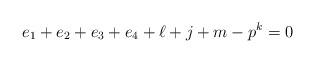
LaTeX: \begin{align*}e_1+e_2+e_3+e_4+\ell+j+m-p^k=0 \end{align*}